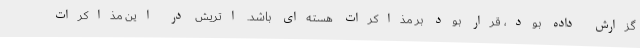
گزارش داده بود، قرار بود بر مذاکرات هسته‌ای باشد. اتریش در این مذاکرات